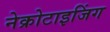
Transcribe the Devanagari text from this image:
नेक्रोटाइजिंग